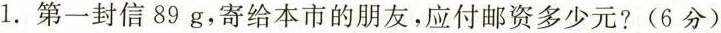
1.第一封信89g，寄给本市的朋友，应付邮资多少元?(6分)